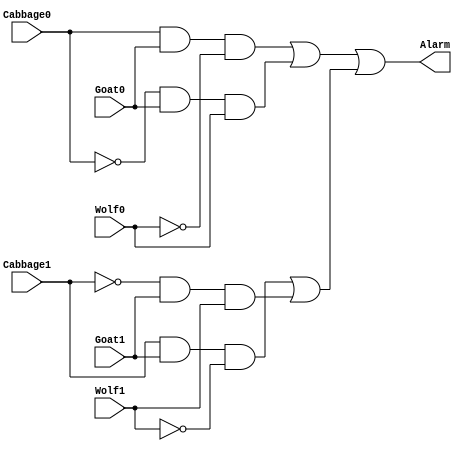
// Copyright (C) 2018  Intel Corporation. All rights reserved.
// Your use of Intel Corporation's design tools, logic functions 
// and other software and tools, and its AMPP partner logic 
// functions, and any output files from any of the foregoing 
// (including device programming or simulation files), and any 
// associated documentation or information are expressly subject 
// to the terms and conditions of the Intel Program License 
// Subscription Agreement, the Intel Quartus Prime License Agreement,
// the Intel FPGA IP License Agreement, or other applicable license
// agreement, including, without limitation, that your use is for
// the sole purpose of programming logic devices manufactured by
// Intel and sold by Intel or its authorized distributors.  Please
// refer to the applicable agreement for further details.

// PROGRAM		"Quartus Prime"
// VERSION		"Version 18.1.0 Build 625 09/12/2018 SJ Standard Edition"
// CREATED		"Thu May 28 16:41:56 2020"

module lab2step2(
	Goat0,
	Cabbage0,
	Wolf0,
	Wolf1,
	Cabbage1,
	Goat1,
	Alarm
);


input wire	Goat0;
input wire	Cabbage0;
input wire	Wolf0;
input wire	Wolf1;
input wire	Cabbage1;
input wire	Goat1;
output wire	Alarm;

wire	SYNTHESIZED_WIRE_0;
wire	SYNTHESIZED_WIRE_1;
wire	SYNTHESIZED_WIRE_2;
wire	SYNTHESIZED_WIRE_3;
wire	SYNTHESIZED_WIRE_4;
wire	SYNTHESIZED_WIRE_5;
wire	SYNTHESIZED_WIRE_6;
wire	SYNTHESIZED_WIRE_7;
wire	SYNTHESIZED_WIRE_8;
wire	SYNTHESIZED_WIRE_9;




assign	SYNTHESIZED_WIRE_9 = SYNTHESIZED_WIRE_0 & Goat1 & Wolf1;

assign	SYNTHESIZED_WIRE_0 =  ~Cabbage1;

assign	SYNTHESIZED_WIRE_7 = SYNTHESIZED_WIRE_1 & Goat0 & Wolf0;

assign	SYNTHESIZED_WIRE_6 = Cabbage0 & Goat0 & SYNTHESIZED_WIRE_2;

assign	SYNTHESIZED_WIRE_8 = Cabbage1 & Goat1 & SYNTHESIZED_WIRE_3;

assign	SYNTHESIZED_WIRE_1 =  ~Cabbage0;

assign	Alarm = SYNTHESIZED_WIRE_4 | SYNTHESIZED_WIRE_5;

assign	SYNTHESIZED_WIRE_2 =  ~Wolf0;

assign	SYNTHESIZED_WIRE_3 =  ~Wolf1;

assign	SYNTHESIZED_WIRE_4 = SYNTHESIZED_WIRE_6 | SYNTHESIZED_WIRE_7;

assign	SYNTHESIZED_WIRE_5 = SYNTHESIZED_WIRE_8 | SYNTHESIZED_WIRE_9;


endmodule